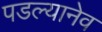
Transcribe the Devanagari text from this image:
पडल्यानेव